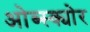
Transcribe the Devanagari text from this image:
ओब्स्क्योर